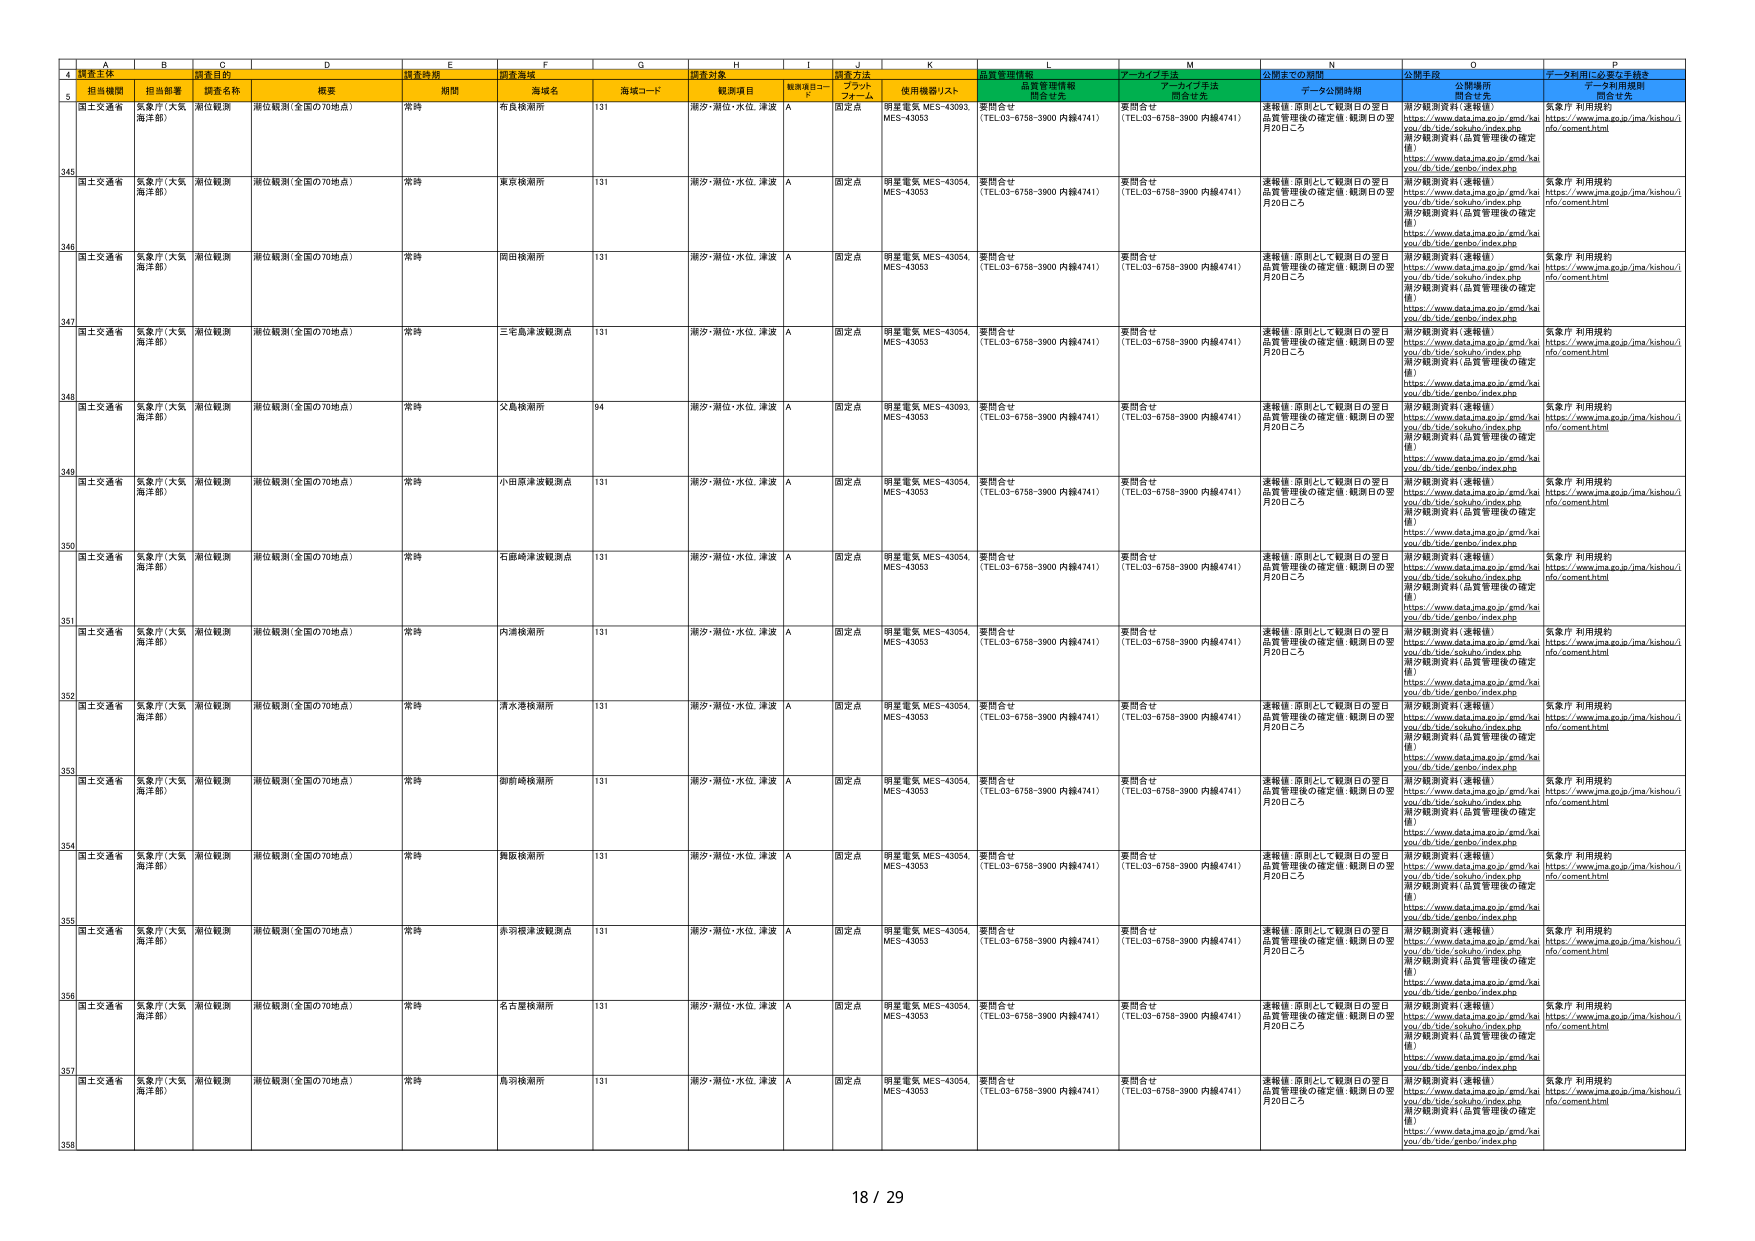
A   B   C   D   E   F   G   H   I   J   K   L   M   N   O   P
4   調査主体   調査目的   調査時期   調査海域   調査対象   調査方法   品質管理情報   アーカイブ手法   公開までの期間   公開手段   データ利用に必要な手続き
5   担当機関   担当部署   調査名称   概要   期間   海域名   海域コード   観測項目   観測項目コード   フロントフォーム   使用機器/リスト   問合せ先   問合せ先   データ公開時期   公開場所   データ利用規約
345   国土交通省   気象庁（大気海洋部）   潮位観測   潮位観測（全国の70地点）   常時   布良検潮所   131   潮汐・潮位・水位、津波   A   固定点   明星電気 MES-43093, MES-43053   要問合せ（TEL.03-6758-3900 内線4741）   要問合せ（TEL.03-6758-3900 内線4741）   連続値（原則として観測日の翌日品質管理後の確定値・観測日の翌月20日ごろ）   潮汐観測資料（速報値）https://www.data.jma.go.jp/gmd/haiyou/db/tide/sokuhou/index.php潮汐観測資料（品質管理後の確定値）https://www.data.jma.go.jp/gmd/haiyou/db/tide/genbo/index.php   気象庁 利用規約https://www.jma.go.jp/jma/kishou/info/comment.html
346   国土交通省   気象庁（大気海洋部）   潮位観測   潮位観測（全国の70地点）   常時   東京検潮所   131   潮汐・潮位・水位、津波   A   固定点   明星電気 MES-43054, MES-43053   要問合せ（TEL.03-6758-3900 内線4741）   要問合せ（TEL.03-6758-3900 内線4741）   連続値（原則として観測日の翌日品質管理後の確定値・観測日の翌月20日ごろ）   潮汐観測資料（速報値）https://www.data.jma.go.jp/gmd/haiyou/db/tide/sokuhou/index.php潮汐観測資料（品質管理後の確定値）https://www.data.jma.go.jp/gmd/haiyou/db/tide/genbo/index.php   気象庁 利用規約https://www.jma.go.jp/jma/kishou/info/comment.html
347   国土交通省   気象庁（大気海洋部）   潮位観測   潮位観測（全国の70地点）   常時   岡田検潮所   131   潮汐・潮位・水位、津波   A   固定点   明星電気 MES-43054, MES-43053   要問合せ（TEL.03-6758-3900 内線4741）   要問合せ（TEL.03-6758-3900 内線4741）   連続値（原則として観測日の翌日品質管理後の確定値・観測日の翌月20日ごろ）   潮汐観測資料（速報値）https://www.data.jma.go.jp/gmd/haiyou/db/tide/sokuhou/index.php潮汐観測資料（品質管理後の確定値）https://www.data.jma.go.jp/gmd/haiyou/db/tide/genbo/index.php   気象庁 利用規約https://www.jma.go.jp/jma/kishou/info/comment.html
348   国土交通省   気象庁（大気海洋部）   潮位観測   潮位観測（全国の70地点）   常時   三宅島津波観測点   131   潮汐・潮位・水位、津波   A   固定点   明星電気 MES-43054, MES-43053   要問合せ（TEL.03-6758-3900 内線4741）   要問合せ（TEL.03-6758-3900 内線4741）   連続値（原則として観測日の翌日品質管理後の確定値・観測日の翌月20日ごろ）   潮汐観測資料（速報値）https://www.data.jma.go.jp/gmd/haiyou/db/tide/sokuhou/index.php潮汐観測資料（品質管理後の確定値）https://www.data.jma.go.jp/gmd/haiyou/db/tide/genbo/index.php   気象庁 利用規約https://www.jma.go.jp/jma/kishou/info/comment.html
349   国土交通省   気象庁（大気海洋部）   潮位観測   潮位観測（全国の70地点）   常時   父島検潮所   94   潮汐・潮位・水位、津波   A   固定点   明星電気 MES-43093, MES-43053   要問合せ（TEL.03-6758-3900 内線4741）   要問合せ（TEL.03-6758-3900 内線4741）   連続値（原則として観測日の翌日品質管理後の確定値・観測日の翌月20日ごろ）   潮汐観測資料（速報値）https://www.data.jma.go.jp/gmd/haiyou/db/tide/sokuhou/index.php潮汐観測資料（品質管理後の確定値）https://www.data.jma.go.jp/gmd/haiyou/db/tide/genbo/index.php   気象庁 利用規約https://www.jma.go.jp/jma/kishou/info/comment.html
350   国土交通省   気象庁（大気海洋部）   潮位観測   潮位観測（全国の70地点）   常時   小田原津波観測点   131   潮汐・潮位・水位、津波   A   固定点   明星電気 MES-43054, MES-43053   要問合せ（TEL.03-6758-3900 内線4741）   要問合せ（TEL.03-6758-3900 内線4741）   連続値（原則として観測日の翌日品質管理後の確定値・観測日の翌月20日ごろ）   潮汐観測資料（速報値）https://www.data.jma.go.jp/gmd/haiyou/db/tide/sokuhou/index.php潮汐観測資料（品質管理後の確定値）https://www.data.jma.go.jp/gmd/haiyou/db/tide/genbo/index.php   気象庁 利用規約https://www.jma.go.jp/jma/kishou/info/comment.html
351   国土交通省   気象庁（大気海洋部）   潮位観測   潮位観測（全国の70地点）   常時   石廊崎津波観測点   131   潮汐・潮位・水位、津波   A   固定点   明星電気 MES-43054, MES-43053   要問合せ（TEL.03-6758-3900 内線4741）   要問合せ（TEL.03-6758-3900 内線4741）   連続値（原則として観測日の翌日品質管理後の確定値・観測日の翌月20日ごろ）   潮汐観測資料（速報値）https://www.data.jma.go.jp/gmd/haiyou/db/tide/sokuhou/index.php潮汐観測資料（品質管理後の確定値）https://www.data.jma.go.jp/gmd/haiyou/db/tide/genbo/index.php   気象庁 利用規約https://www.jma.go.jp/jma/kishou/info/comment.html
352   国土交通省   気象庁（大気海洋部）   潮位観測   潮位観測（全国の70地点）   常時   内浦検潮所   131   潮汐・潮位・水位、津波   A   固定点   明星電気 MES-43054, MES-43053   要問合せ（TEL.03-6758-3900 内線4741）   要問合せ（TEL.03-6758-3900 内線4741）   連続値（原則として観測日の翌日品質管理後の確定値・観測日の翌月20日ごろ）   潮汐観測資料（速報値）https://www.data.jma.go.jp/gmd/haiyou/db/tide/sokuhou/index.php潮汐観測資料（品質管理後の確定値）https://www.data.jma.go.jp/gmd/haiyou/db/tide/genbo/index.php   気象庁 利用規約https://www.jma.go.jp/jma/kishou/info/comment.html
353   国土交通省   気象庁（大気海洋部）   潮位観測   潮位観測（全国の70地点）   常時   清水港検潮所   131   潮汐・潮位・水位、津波   A   固定点   明星電気 MES-43054, MES-43053   要問合せ（TEL.03-6758-3900 内線4741）   要問合せ（TEL.03-6758-3900 内線4741）   連続値（原則として観測日の翌日品質管理後の確定値・観測日の翌月20日ごろ）   潮汐観測資料（速報値）https://www.data.jma.go.jp/gmd/haiyou/db/tide/sokuhou/index.php潮汐観測資料（品質管理後の確定値）https://www.data.jma.go.jp/gmd/haiyou/db/tide/genbo/index.php   気象庁 利用規約https://www.jma.go.jp/jma/kishou/info/comment.html
354   国土交通省   気象庁（大気海洋部）   潮位観測   潮位観測（全国の70地点）   常時   御前崎検潮所   131   潮汐・潮位・水位、津波   A   固定点   明星電気 MES-43054, MES-43053   要問合せ（TEL.03-6758-3900 内線4741）   要問合せ（TEL.03-6758-3900 内線4741）   連続値（原則として観測日の翌日品質管理後の確定値・観測日の翌月20日ごろ）   潮汐観測資料（速報値）https://www.data.jma.go.jp/gmd/haiyou/db/tide/sokuhou/index.php潮汐観測資料（品質管理後の確定値）https://www.data.jma.go.jp/gmd/haiyou/db/tide/genbo/index.php   気象庁 利用規約https://www.jma.go.jp/jma/kishou/info/comment.html
355   国土交通省   気象庁（大気海洋部）   潮位観測   潮位観測（全国の70地点）   常時   舞阪検潮所   131   潮汐・潮位・水位、津波   A   固定点   明星電気 MES-43054, MES-43053   要問合せ（TEL.03-6758-3900 内線4741）   要問合せ（TEL.03-6758-3900 内線4741）   連続値（原則として観測日の翌日品質管理後の確定値・観測日の翌月20日ごろ）   潮汐観測資料（速報値）https://www.data.jma.go.jp/gmd/haiyou/db/tide/sokuhou/index.php潮汐観測資料（品質管理後の確定値）https://www.data.jma.go.jp/gmd/haiyou/db/tide/genbo/index.php   気象庁 利用規約https://www.jma.go.jp/jma/kishou/info/comment.html
356   国土交通省   気象庁（大気海洋部）   潮位観測   潮位観測（全国の70地点）   常時   赤羽根津波観測点   131   潮汐・潮位・水位、津波   A   固定点   明星電気 MES-43054, MES-43053   要問合せ（TEL.03-6758-3900 内線4741）   要問合せ（TEL.03-6758-3900 内線4741）   連続値（原則として観測日の翌日品質管理後の確定値・観測日の翌月20日ごろ）   潮汐観測資料（速報値）https://www.data.jma.go.jp/gmd/haiyou/db/tide/sokuhou/index.php潮汐観測資料（品質管理後の確定値）https://www.data.jma.go.jp/gmd/haiyou/db/tide/genbo/index.php   気象庁 利用規約https://www.jma.go.jp/jma/kishou/info/comment.html
357   国土交通省   気象庁（大気海洋部）   潮位観測   潮位観測（全国の70地点）   常時   名古屋検潮所   131   潮汐・潮位・水位、津波   A   固定点   明星電気 MES-43054, MES-43053   要問合せ（TEL.03-6758-3900 内線4741）   要問合せ（TEL.03-6758-3900 内線4741）   連続値（原則として観測日の翌日品質管理後の確定値・観測日の翌月20日ごろ）   潮汐観測資料（速報値）https://www.data.jma.go.jp/gmd/haiyou/db/tide/sokuhou/index.php潮汐観測資料（品質管理後の確定値）https://www.data.jma.go.jp/gmd/haiyou/db/tide/genbo/index.php   気象庁 利用規約https://www.jma.go.jp/jma/kishou/info/comment.html
358   国土交通省   気象庁（大気海洋部）   潮位観測   潮位観測（全国の70地点）   常時   鳥羽検潮所   131   潮汐・潮位・水位、津波   A   固定点   明星電気 MES-43054, MES-43053   要問合せ（TEL.03-6758-3900 内線4741）   要問合せ（TEL.03-6758-3900 内線4741）   連続値（原則として観測日の翌日品質管理後の確定値・観測日の翌月20日ごろ）   潮汐観測資料（速報値）https://www.data.jma.go.jp/gmd/haiyou/db/tide/sokuhou/index.php潮汐観測資料（品質管理後の確定値）https://www.data.jma.go.jp/gmd/haiyou/db/tide/genbo/index.php   気象庁 利用規約https://www.jma.go.jp/jma/kishou/info/comment.html
18 / 29